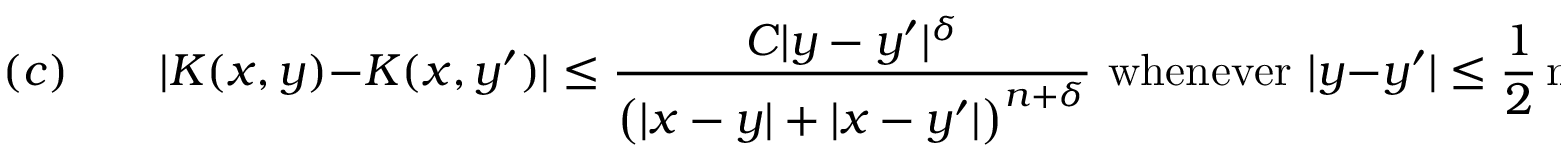
( c ) \qquad | K ( x , y ) - K ( x , y ^ { \prime } ) | \leq { \frac { C | y - y ^ { \prime } | ^ { \delta } } { { \bigl ( } | x - y | + | x - y ^ { \prime } | { \bigr ) } ^ { n + \delta } } } { \mathrm { ~ w h e n e v e r ~ } } | y - y ^ { \prime } | \leq { \frac { 1 } { 2 } } \operatorname* { m a x } { \bigl ( } | x - y ^ { \prime } | , | x - y | { \bigr ) }